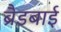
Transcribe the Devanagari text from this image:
ब्रैडबाई